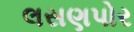
લસણપોર